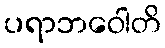
ပရာဘဝေါတိ